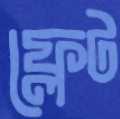
ফ্লেট